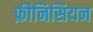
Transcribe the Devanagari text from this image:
फ़ीनिसियन